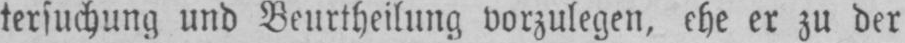
tersuchung und Beurtheilung vorzulegen, ehe er zu der